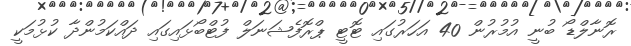
ރޮނާލްޑޯ ބުނީ އުމުރުން 40 އަހަރުގައި ޓޮޓީ ޕްރޮފެޝަނަލް ފުޓްބޯޅައިގައި ދައްކަމުންދާ ކުޅުމަކީ